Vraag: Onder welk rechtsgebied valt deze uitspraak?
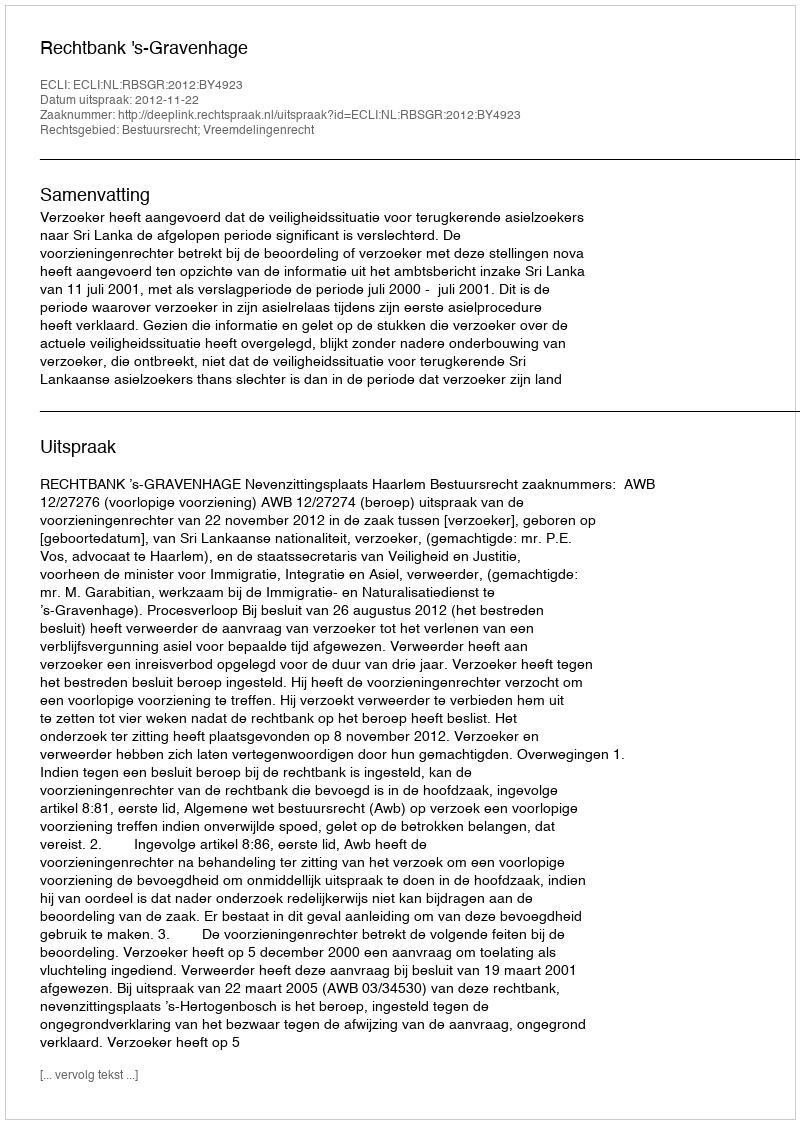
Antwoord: Bestuursrecht; Vreemdelingenrecht